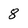
Character: 8